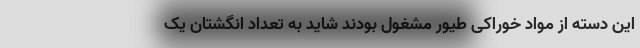
این دسته از مواد خوراکی طیور مشغول بودند شاید به تعداد انگشتان یک